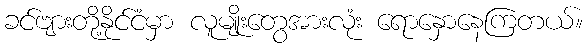
ခင်ဗျားတို့နိုင်ငံမှာ လူမျိုးတွေအားလုံး ရောနှောနေကြတယ်။